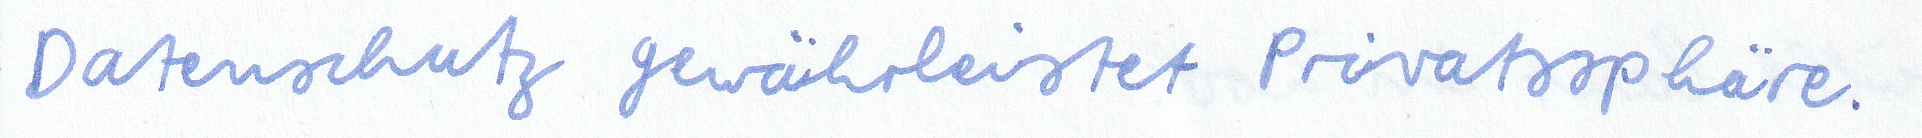
Datenschutz gewährleistet Privatssphäre.